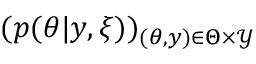
( p ( \theta | y , \xi ) ) _ { ( \theta , y ) \in \Theta \times \mathcal { Y } }